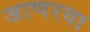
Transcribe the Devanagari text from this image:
जाणरया